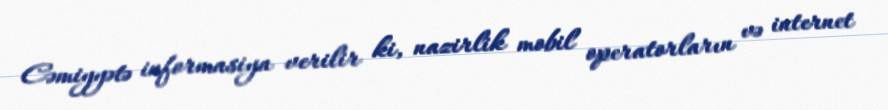
Cəmiyyətə informasiya verilir ki, nazirlik mobil operatorların və internet